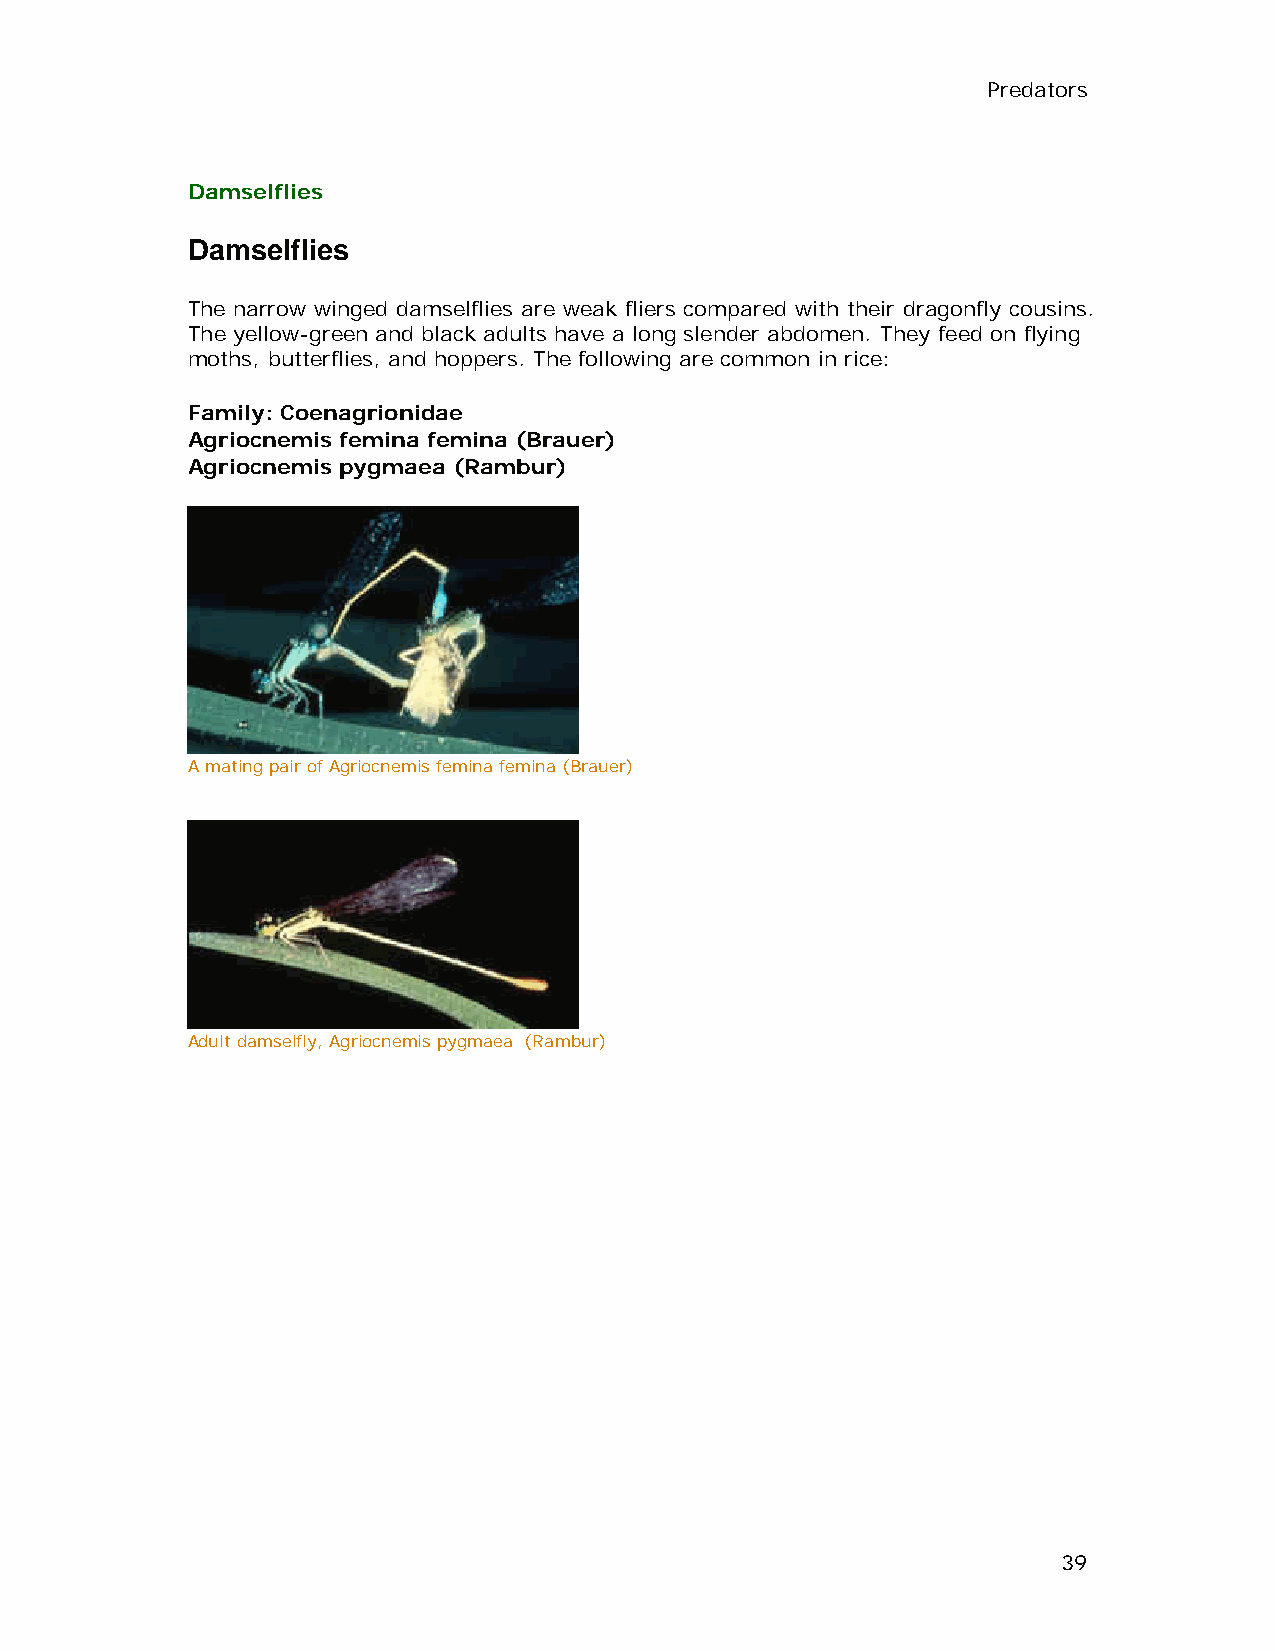
Predators
 Damselflies
 Damselflies
 The narrow winged damselflies are weak fliers compared with their dragonfly cousins.
 The yellow-green and black adults have a long slender abdomen. They feed on flying
 moths, butterflies, and hoppers. The following are common in rice:
 Family: Coenagrionidae
 Agriocnemis femina femina (Brauer)
 Agriocnemis pygmaea (Rambur)
 A mating pair of Agriocnemis femina femina (Brauer)
 Adult damselfly, Agriocnemis pygmaea (Rambur)
 39